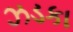
ઝડકા